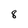
Character: 8